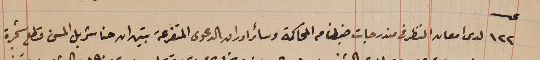
عدد ١٢٢ لدى امعان النظر فى مندرجات ضبطنا من المحاكمة وسائر اوراق الدعوى المتفرعة تبين ان حنا شربل المسن قطع شجرة